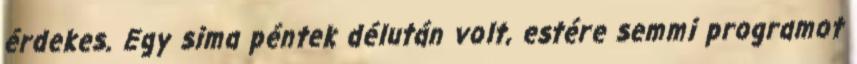
érdekes. Egy sima péntek délután volt, estére semmi programot